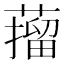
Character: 𦼾